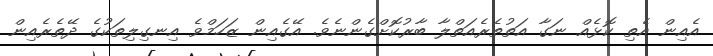
އެއިން އެތި ކޮޅެއް ނަގާ އަތުތެރެއަތްލާ ބާރުކޮށްގެންނެވެ. އޭގެއިން ޒަހަމްވެ އިނގިލިތަކުގެ ދޭތެރެއިން